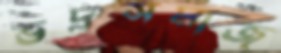
ভদ্রসমাজ